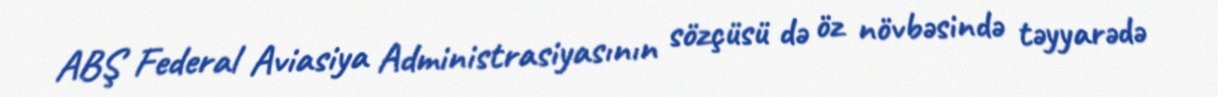
ABŞ Federal Aviasiya Administrasiyasının sözçüsü də öz növbəsində təyyarədə